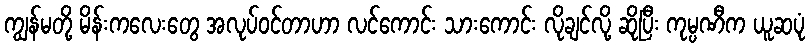
ကျွန်မတို့ မိန်းကလေးတွေ အလုပ်ဝင်တာဟာ လင်ကောင်း သားကောင်း လိုချင်လို့ ဆိုပြီး ကုမ္ပဏီက ယူဆပုံ